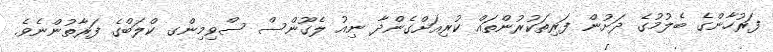
ފަރުހާންގެ ބެލުމުގެ ދަށުން ފަރިތަކުރުންތައް ކުރިއަށްގެންދާ ނިއު ލެގޫންސް ސްވިމިންގ ކްލަބްގެ ފަރާތުންނެވެ.